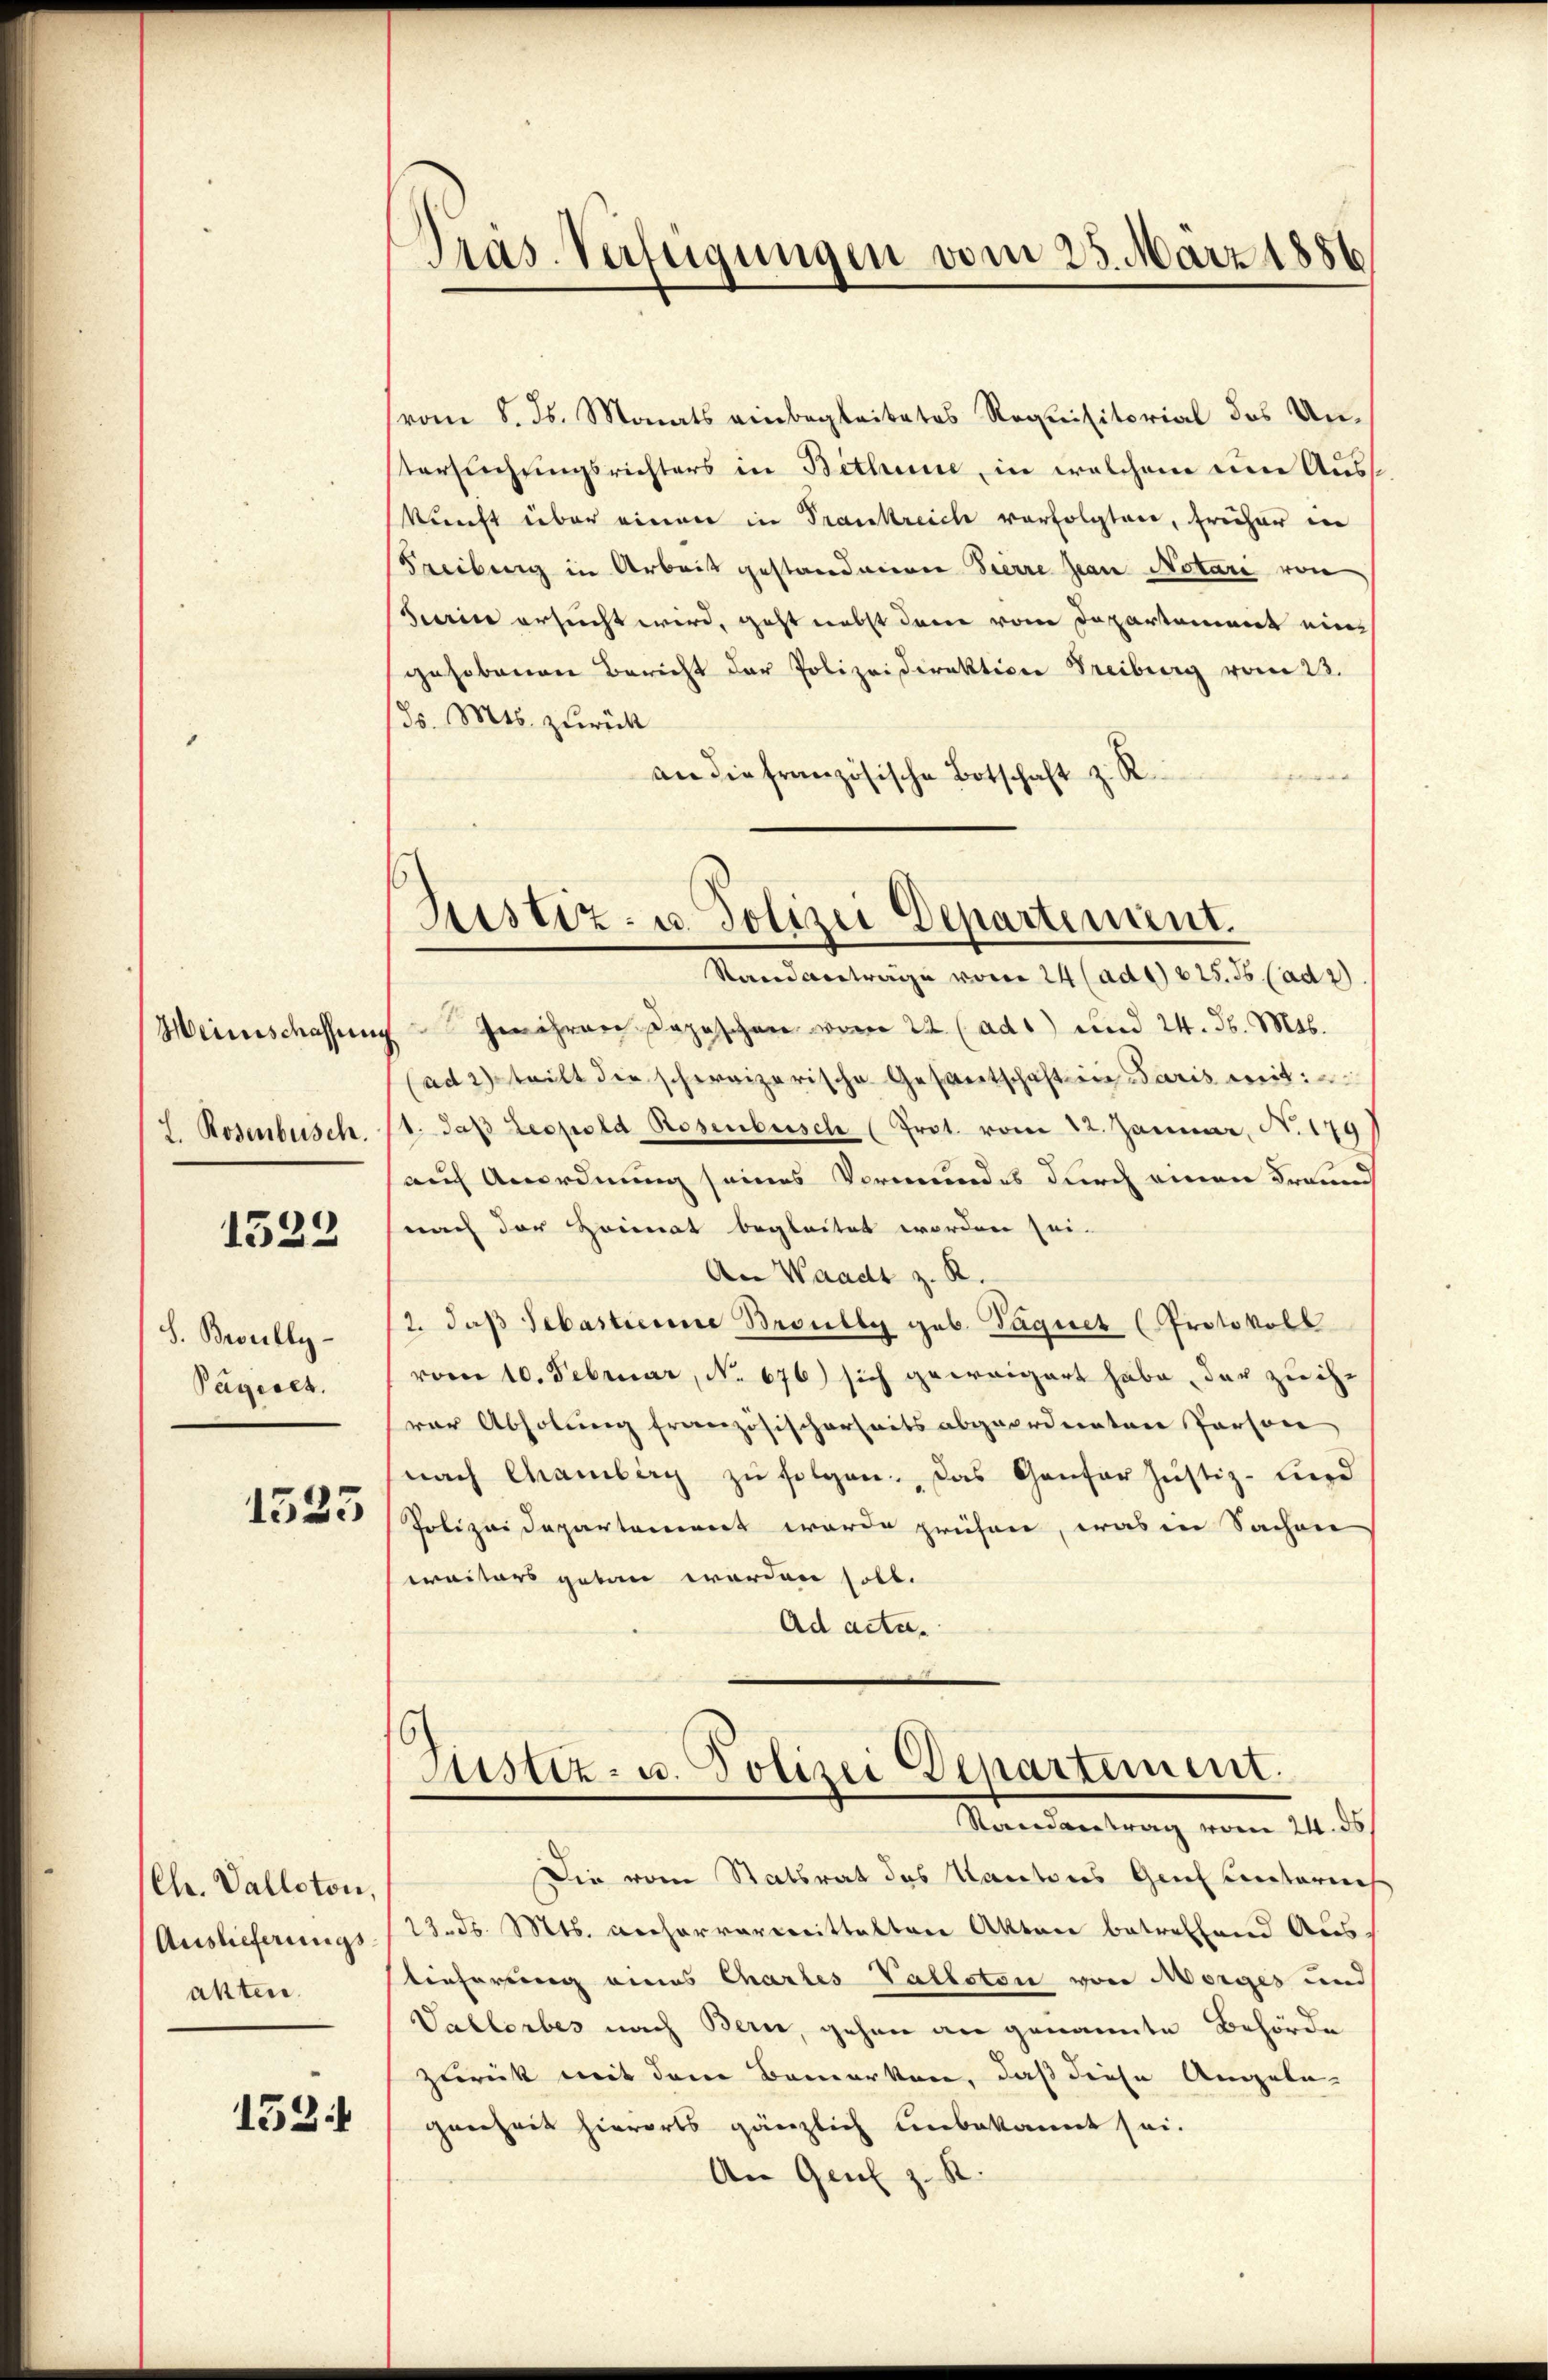
Weinschaffen
I. Rosenbesch.

1522

S. Bully
Pagiret.

1323

Ch. Valloton
Auslieferungs
akten.

153

vom 8. ds. Monats einbegleitetes Requisitorial des Untersuchungsrichters in Bithun, in welchem eine Auskunft über einen in Frankreich verfolgten, früher in
Freiburg in Arbeit gestanderen Pierre Jean Notari von
Herin ersucht wird, geht nebst dann vom Departement eine
Jehobenen Bericht der Polizeidirektion Freiburg vom 23.
s. Mts. zurück
an die französische Botschaft z. R.

Präs. Verfügungen vom 25. März 1856

Justiz- u. Polizei Departement.

Stand vertrage vom 24 (ad 1) 825. 56 (ad 2)
Geehren Depeschen vom 22 (ad1) und 24. d. Mts.
(ad 2. teilt die schweizerische Gesantschaft in Paris weit:
1. daβ Leopold Rosenbesche (Prot. vom 22. Januar, N. 179
auf Anordnung seines Vormundes durch einen Freund
nach der Heimat begleitet worden sei.
An Waadt z. R.
2. daß Sebastierne Broully geb. Paquet (Protokoll
vom 10. Februar, No. 676) sich geweigert habe, der zu ihr
rer Abholung französischerheits abgeordneten Person
(nach Chamberg zŭ folgen. Das Gantor Justiz- Lird
Polizei Departement werde prühen, was in Sachen
waiters getan worden soll.
Ad acta.

Justiz- u. Polizei Departement.
Randantrag vom 24. ds

Die vom Statsrat des Kantons Genf unterneh
23. d. Mts. Recharvarcerittaltere Akten betreffend Aus
tieferung eines Chartes Valloten von Morges und
Vallerbes nach Bern, gehen an genannte Behörde
zurück mit dem Bemerken, daß diese Angela¬
Geerheit hierorts gänzlich unbekannt sei.
An Genf z. R.